Report on vaccination North-West Frontier Province 1904-1922 - 1904-1922
Year: 1904
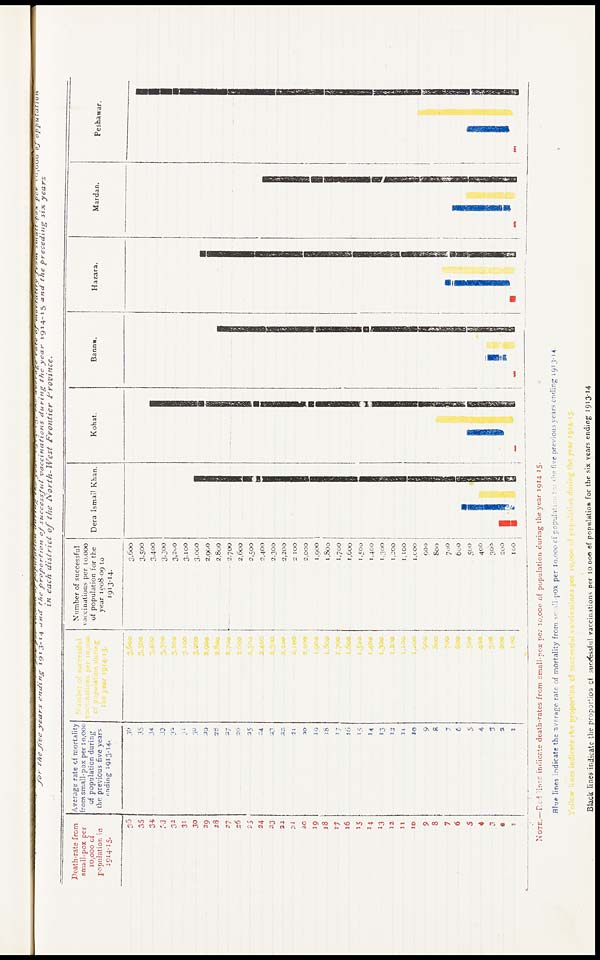
Small-pox per 10,000 of population duringthe year 1914-15,and average rate ofmortality from small-pox 10,000of oppulation
for the five years ending 1913-14 and the proportion of successful vaccinations during the year 1914-15 and the preceding six years
in each district
of the North-West
Frontier
Province.